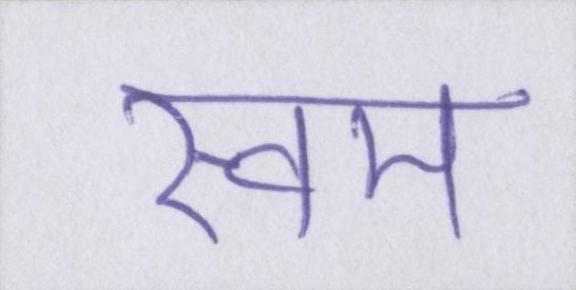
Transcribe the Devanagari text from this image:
स्वम